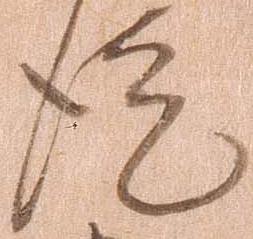
徒